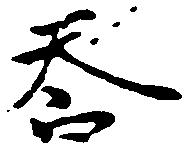
答